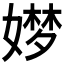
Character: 𮱖